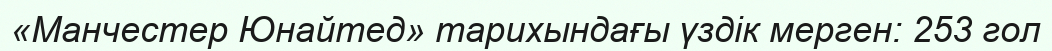
«Манчестер Юнайтед» тарихындағы үздік мерген: 253 гол